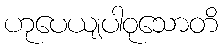
ဟုပေယျပါဝုသောတိ